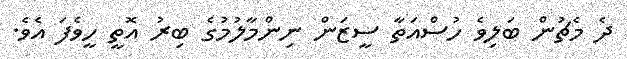
ދެ މެޗުން ބަލިވެ ހުސްއަތާ ސީޒަން ނިންމާލުމުގެ ބިރު އޮތީ ހީވެފަ އެވެ.